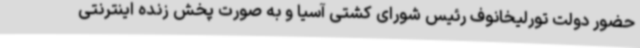
حضور دولت تورلیخانوف رئیس شورای کشتی آسیا و به صورت پخش زنده اینترنتی